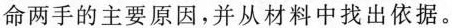
命两手的主要原因，并从材料中找出依据。